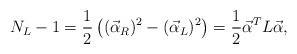
LaTeX: \begin{align*}N_L-1 = {1\over 2}\left( (\vec{\alpha}_R)^2 - (\vec{\alpha}_L)^2\right) = {1\over 2} \vec{\alpha}^T L \vec{\alpha}, \end{align*}